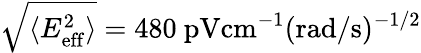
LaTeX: \sqrt{\langle E_{\mathrm{eff}}^{2}\rangle}=480\ \mathrm{pV}\mathrm{cm}^{-1}(\mathrm{rad}/\mathrm{s})^{-1/2}